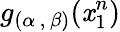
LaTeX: g_{(\alpha\, ,\, \beta)}(\mathit{x}_{1}^{n})